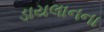
ડાયલાનના